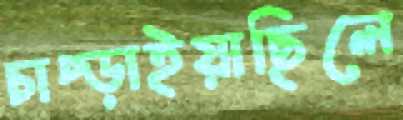
চাপ্‌ড়াইয়াছিলে